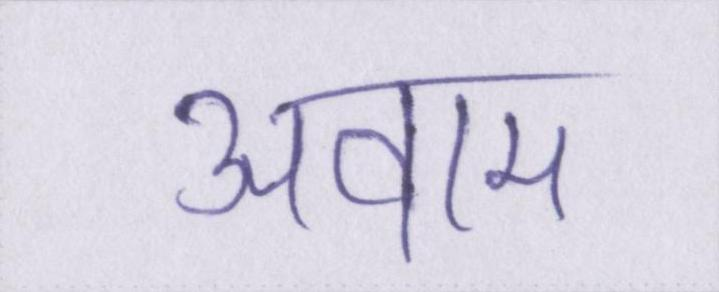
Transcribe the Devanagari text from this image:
अवाम